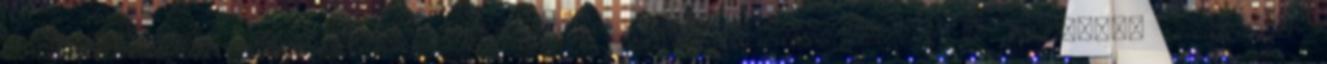
a tűzoltóság éves beszámolóját a képviselő-testület - videóval Átadták